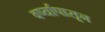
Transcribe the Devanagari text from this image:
वर्ष्यापासून